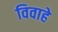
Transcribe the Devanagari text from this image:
विवाहे